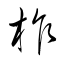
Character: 柞